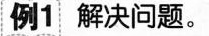
例1 解决问题。